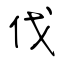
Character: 伐